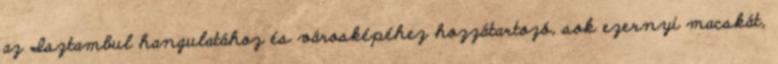
az Isztambul hangulatához és városképéhez hozzátartozó, sok ezernyi macskát,